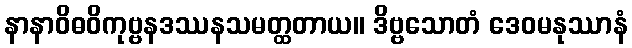
နာနာဝိဓဝိကုဗ္ဗနဒဿနသမတ္ထတာယ။ ဒိဗ္ဗသောတံ ဒေဝမနုဿာနံ